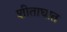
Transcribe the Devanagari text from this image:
शीताघात